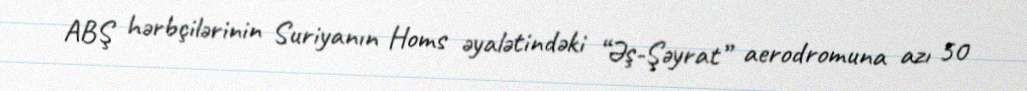
ABŞ hərbçilərinin Suriyanın Homs əyalətindəki “Əş-Şəyrat” aerodromuna azı 50